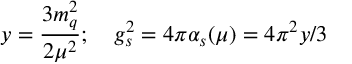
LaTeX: y = \frac { 3 m _ { q } ^ { 2 } } { 2 \mu ^ { 2 } } ; \quad g _ { s } ^ { 2 } = 4 \pi \alpha _ { s } ( \mu ) = 4 \pi ^ { 2 } y / 3